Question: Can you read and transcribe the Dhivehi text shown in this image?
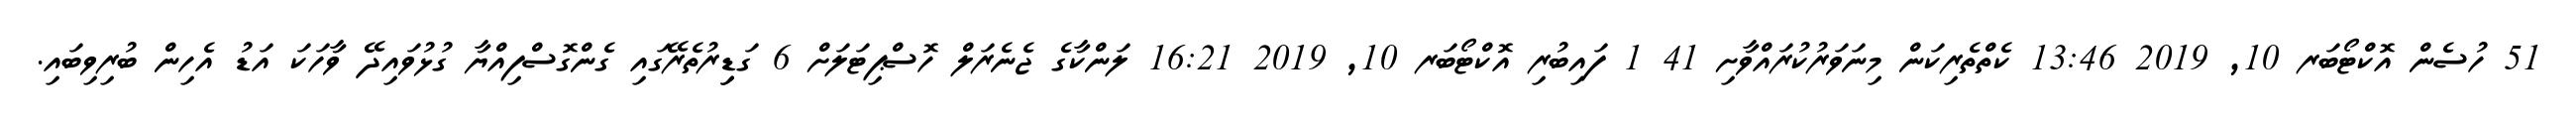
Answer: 51 ހުސެން އޮކްޓޯބަރ 10, 2019 13:46 ކެތްތެރިކަން މިނަވަރުކުރައްވާށި 41 1 ފައިބުރި އޮކްޓޯބަރ 10, 2019 16:21 ލަންކާގެ ޖެނެރަލް ހޮސްޕިޓަލަށް 6 ގަޑިިރުތެރޭގައި ގެންގޮސްފިއްޔާ ގުޅުވައިދޭ ވާހަކަ އަޑު އެހިން ބުރިވިބައި.